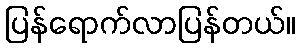
ပြန်ရောက်လာပြန်တယ်။